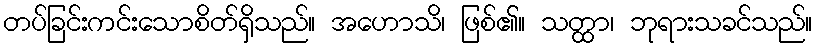
တပ်ခြင်းကင်းသောစိတ်ရှိသည်။ အဟောသိ၊ ဖြစ်၏။ သတ္ထာ၊ ဘုရားသခင်သည်။